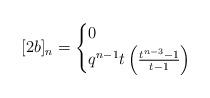
LaTeX: \begin{align*}[2b]_n = \begin{cases} 0 & \\ q^{n-1} t \left(\frac{t^{n-3}-1}{t-1}\right) & \end{cases}\end{align*}